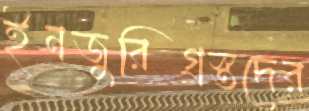
ইনজুরিগ্রস্তদের